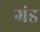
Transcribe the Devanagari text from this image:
ग्रंड